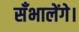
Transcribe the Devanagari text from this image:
सँभालेंगे।